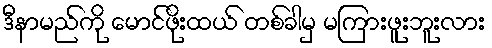
ဒီနာမည်ကို မောင်ဖိုးထယ် တစ်ခါမှ မကြားဖူးဘူးလား